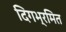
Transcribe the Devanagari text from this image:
दिगभ्रमित